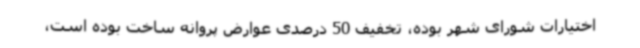
اختیارات شورای شهر بوده، تخفیف 50 درصدی عوارض پروانه ساخت بوده است،